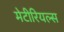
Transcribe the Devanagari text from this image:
मेटीरियल्स